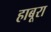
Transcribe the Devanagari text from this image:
हाबूरा